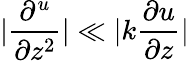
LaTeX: |\frac{\partial^{u}}{\partial z^{2}}|\ll|k\frac{\partial u}{\partial z}|